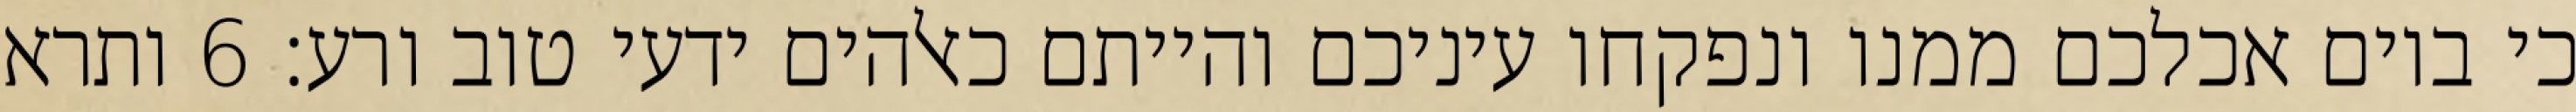
כי ביום אכלכם ממנו ונפקחו עיניכם והייתם כאלהים ידעי טוב ורע׃ ‎6‏ ותרא